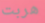
هربت